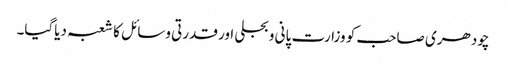
چودھری صاحب کو وزارت پانی و بجلی اور قدرتی وسائل کا شعبہ دیاگیا۔